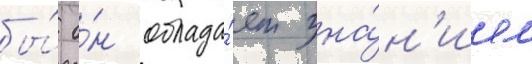
бы́ о́н облада́ет зна́н'ием